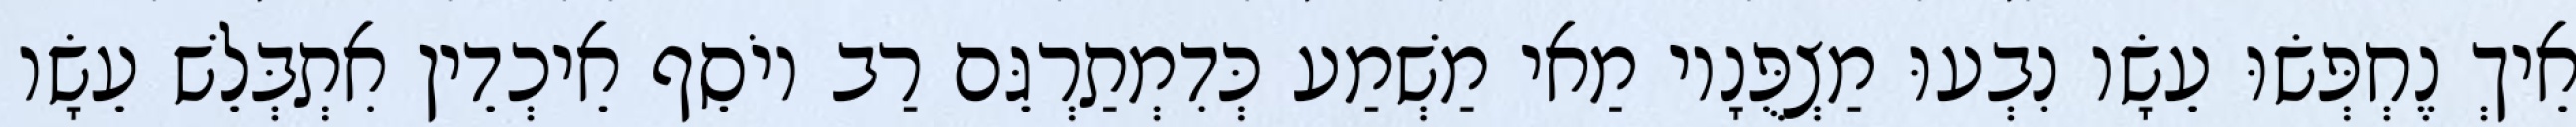
אֵיךְ נֶחְפְּשׂוּ עֵשָׂו נִבְעוּ מַצְפֻּנָיו מַאי מַשְׁמַע כְּדִמְתַרְגֵּם רַב יוֹסֵף אֵיכְדֵין אִתְבְּלֵשׁ עֵשָׂו